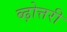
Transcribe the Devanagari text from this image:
ब्ढ़ोत्तरी